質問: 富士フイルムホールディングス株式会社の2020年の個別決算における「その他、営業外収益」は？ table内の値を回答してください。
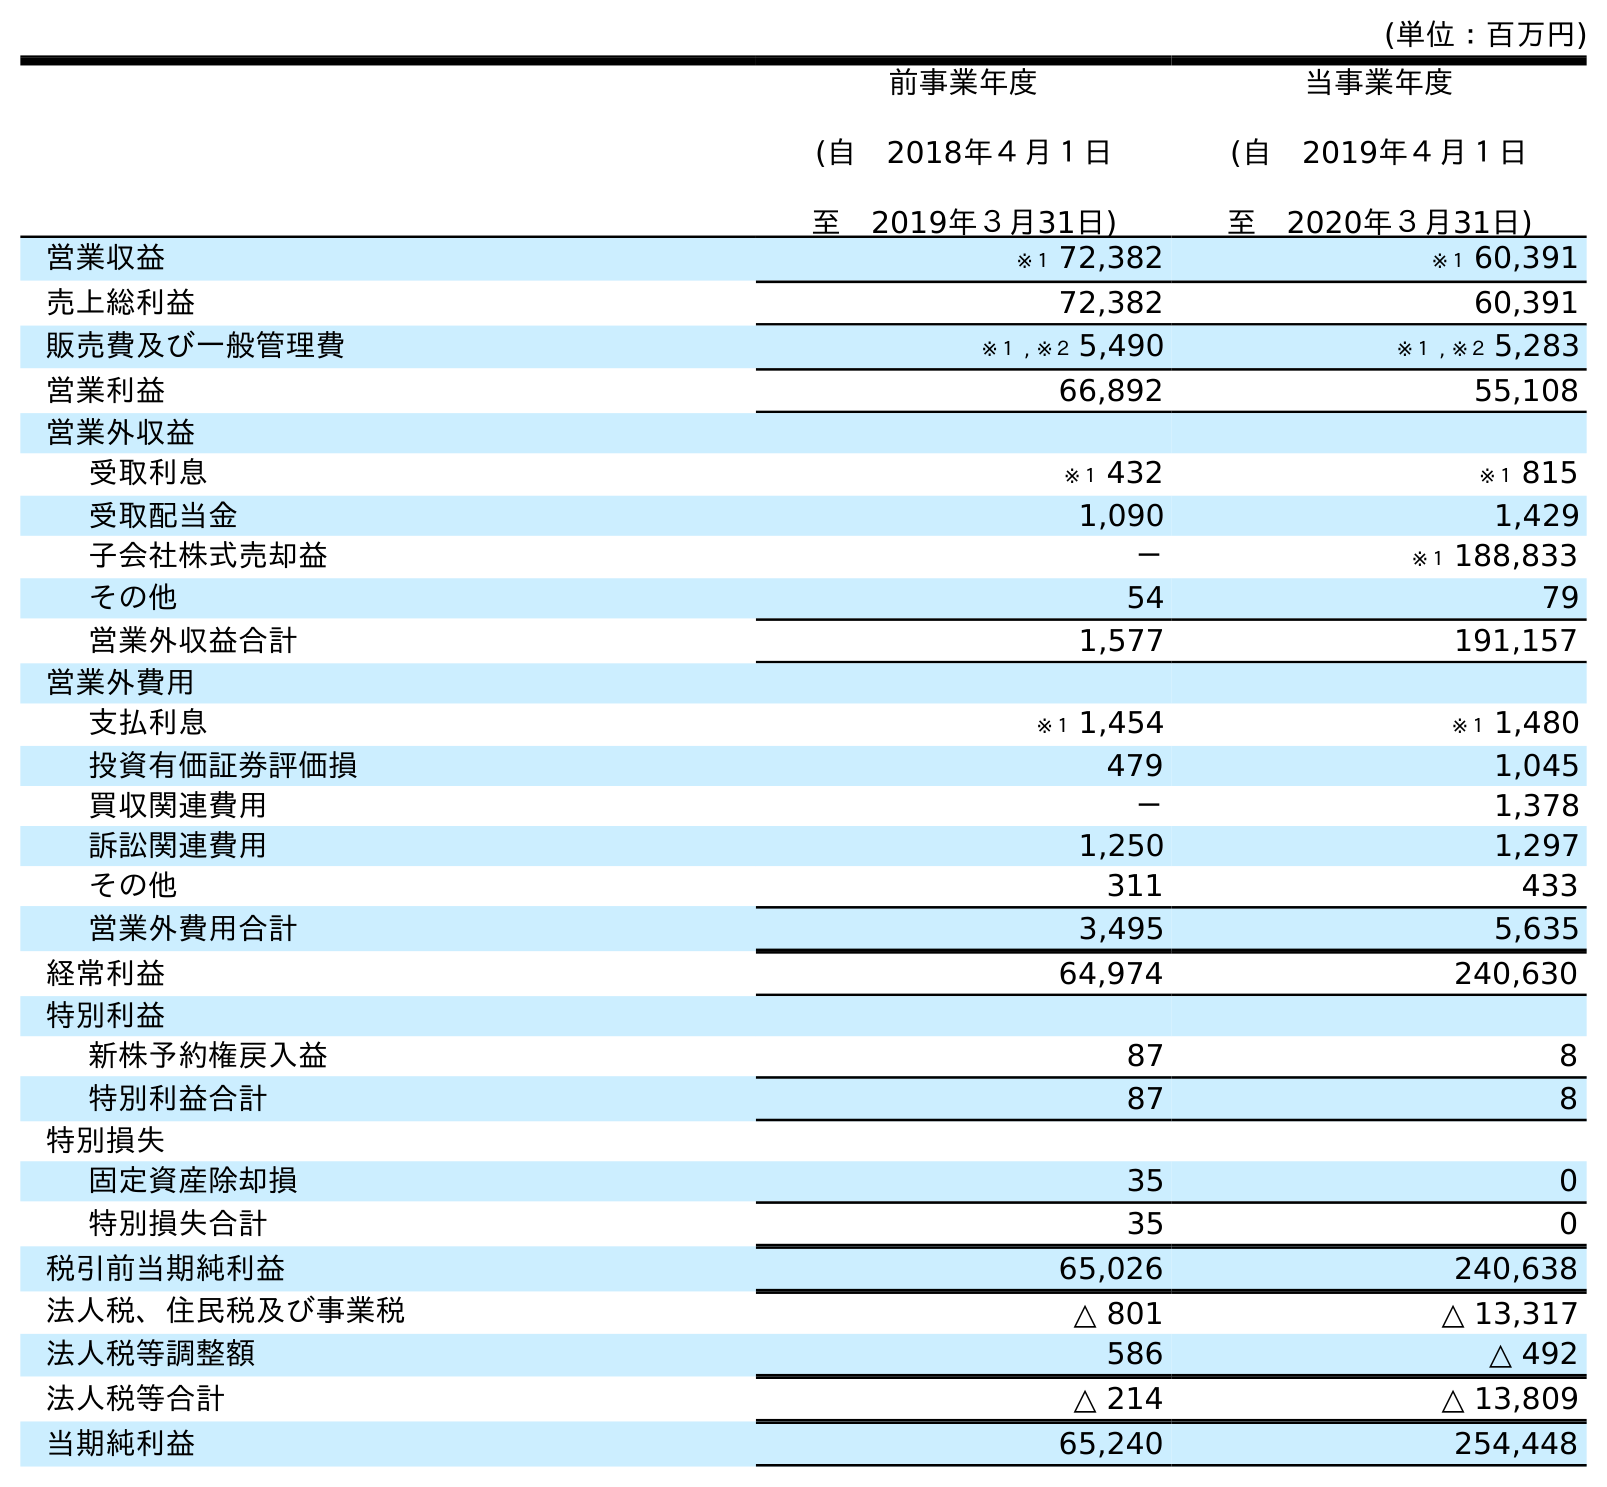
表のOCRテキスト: (単位：百万円) 前事業年度 (自 2018年４月１日 至 2019年３月31日) 当事業年度 (自 2019年４月１日 至 2020年３月31日) 営業収益 ※１ 72,382 ※１ 60,391 売上総利益 72,382 60,391 販売費及び一般管理費 ※１ , ※２ 5,490 ※１ , ※２ 5,283 営業利益 66,892 55,108 営業外収益 受取利息 ※１ 432 ※１ 815 受取配当金 1,090 1,429 子会社株式売却益 － ※１ 188,833 その他 54 79 営業外収益合計 1,577 191,157 営業外費用 支払利息 ※１ 1,454 ※１ 1,480 投資有価証券評価損 479 1,045 買収関連費用 － 1,378 訴訟関連費用 1,250 1,297 その他 311 433 営業外費用合計 3,495 5,635 経常利益 64,974 240,630 特別利益 新株予約権戻入益 87 8 特別利益合計 87 8 特別損失 固定資産除却損 35 0 特別損失合計 35 0 税引前当期純利益 65,026 240,638 法人税、住民税及び事業税 △ 801 △ 13,317 法人税等調整額 586 △ 492 法人税等合計 △ 214 △ 13,809 当期純利益 65,240 254,448
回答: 79